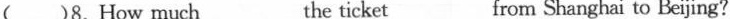
( )8.How much___the ticket___from Shanghai to Beijing?